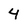
Character: 4